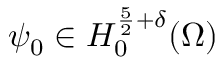
\psi _ { 0 } \in H _ { 0 } ^ { \frac { 5 } { 2 } + \delta } ( \Omega )